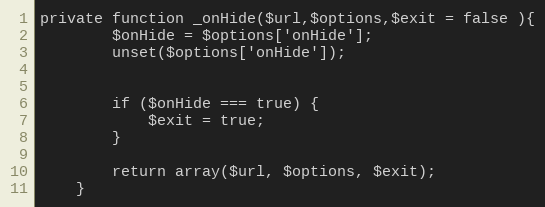
Language: PHP
private function _onHide($url,$options,$exit = false ){
		$onHide = $options['onHide'];
		unset($options['onHide']);

		if ($onHide === true) {
			$exit = true;
		}

		return array($url, $options, $exit);
	}